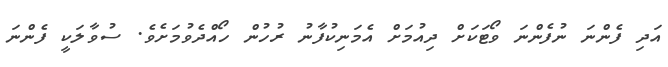
އަދި ފެންނަ ނުފެންނަ ވޯޓަކަށް ދިއުމަށް އެމަނިކުފާނު ރުހުން ހޯއްދެވުމަށެވެ. ސުވާލަކީ ފެންނަ